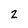
Character: 2